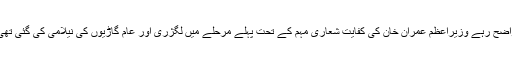
واضح رہے وزیراعظم عمران خان کی کفایت شعاری مہم کے تحت پہلے مرحلے میں لگژری اور عام گاڑیوں کی نیلامی کی گئی تھی۔